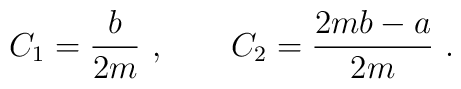
C_1 = \frac{b}{2m}\ ,\qquad C_2 = \frac{2mb-a}{2m}\ .